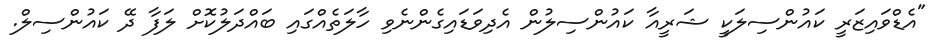
"އެޑްވައިޒަރީ ކައުންސިލަކީ ޝަރީއާ ކައުންސިލުން އެދިވަޑައިގެންނެވި ހާލަތެއްގައި ބައްދަލުކޮށް ލަފާ ދޭ ކައުންސިލް.